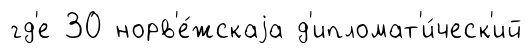
гд'е 30 норв'е́жскаjа д'ипломат'и́ческ'ий